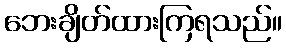
ဘေးချိတ်ထားကြရသည်။